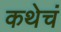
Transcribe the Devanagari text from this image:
कथेचं